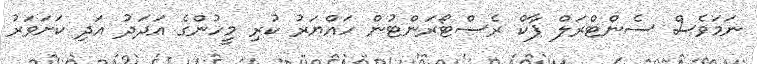
ނަމަވެސް ސެންޓްރަލް ޕާކް ރެސްޓޯރަންޓުން ހައްޔަރު ކުރި މީހުންގެ އަދަދު އަދި ކަށަވަރު